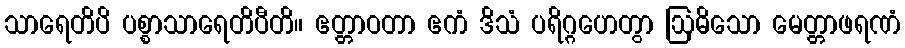
သာရေတိပိ ပစ္စာသာရေတိပီတိ။ ဧတ္တာဝတာ ဧကံ ဒိသံ ပရိဂ္ဂဟေတွာ ဩဓိသော မေတ္တာဖရဏံ